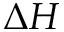
\Delta H